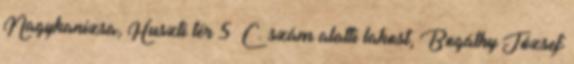
Nagykanizsa, Huszti tér 5 C. szám alatti lakost, Bogáthy József